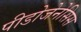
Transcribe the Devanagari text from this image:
पीडोजेनेसिस